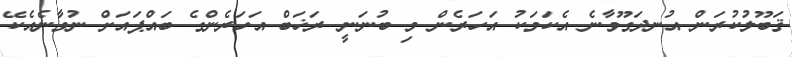
ޤަބޫލުކުރަން އުނދަގޫވާނެ އެކަމަކު އަހަރެން މި ބުނަނީ ރަޚަބް އަހަރެންގެ ބައްޕައަށް ނުވާނެއެކޭ